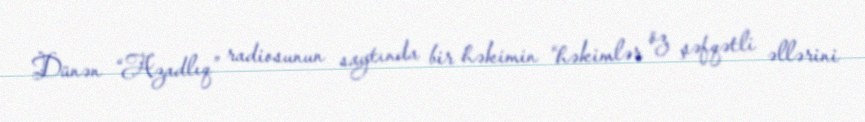
Dünən “Azadlıq” radiosunun saytında bir həkimin “həkimlər öz şəfqətli əllərini